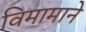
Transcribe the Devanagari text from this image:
विमामाने